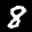
Label: 8